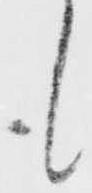
も